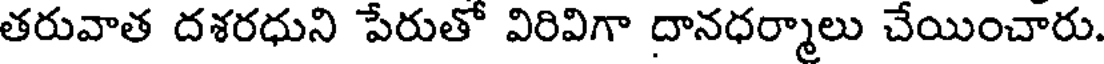
తరువాత దశరధుని పేరుతో విరివిగా దానధర్మాలు చేయించారు